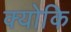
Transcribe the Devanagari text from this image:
क्‍योकि